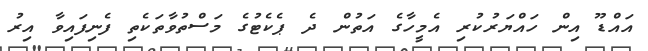
އައްޑޫ އިން ހައްޔަރުކުރި އެމީހާގެ އަތުން ދެ ޕެކެޓުގެ މަސްތުވާތަކެތި ފެނިފައިވާ އިރު